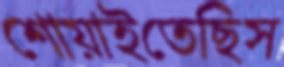
শোয়াইতেছিস